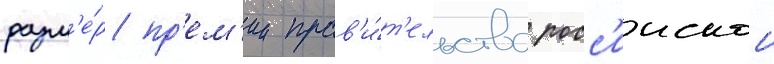
разм'е́р пр'ем'ии прав'и́т'ельства росс'иискои